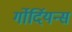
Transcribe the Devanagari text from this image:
र्गोर्दियन्स